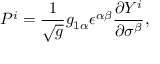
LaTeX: P ^ { i } = \frac { 1 } { \sqrt { g } } g _ { 1 \alpha } \epsilon ^ { \alpha \beta } \frac { \partial Y ^ { i } } { \partial \sigma ^ { \beta } } ,